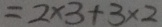
= 2 \times 3 + 3 \times 2